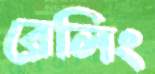
রেলিং